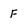
Character: F